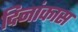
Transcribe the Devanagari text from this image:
दिनांकास